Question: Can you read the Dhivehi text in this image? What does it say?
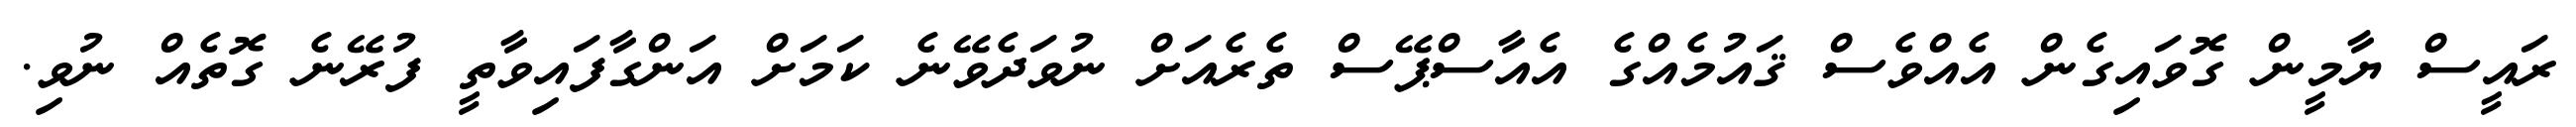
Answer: ރައީސް ޔާމީން ގޮވައިގެން އެއްވެސް ޤައުމެއްގެ އެއާސްޕޭސް ތެރެއަށް ނުވަދެވޭނެ ކަމަށް އަންގާފައިވާތީ ފުރޭނެ ގޮތެއް ނުވި.